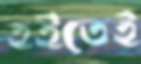
হইতেই